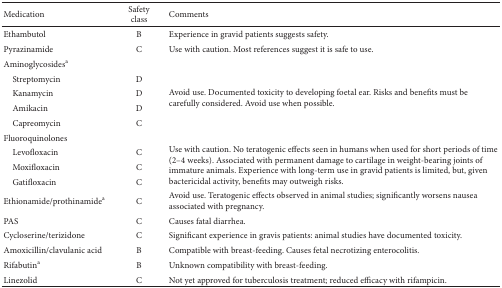
<table><thead><tr><td><b>Medication</b></td><td><b>Safety class</b></td><td><b>Comments</b></td></tr></thead><tbody><tr><td>Ethambutol</td><td>B</td><td>Experience in gravid patients suggests safety. </td></tr><tr><td>Pyrazinamide</td><td>C</td><td>Use with caution. Most references suggest it is safe to use.</td></tr><tr><td>Aminoglycosides<sup>a</sup></td><td> </td><td> </td></tr><tr><td> Streptomycin </td><td>D</td><td rowspan="4">Avoid use. Documented toxicity to developing foetal ear. Risks and benefits must be carefully considered. Avoid use when possible. </td></tr><tr><td> Kanamycin </td><td>D</td></tr><tr><td> Amikacin </td><td>D</td></tr><tr><td> Capreomycin </td><td>C</td></tr><tr><td>Fluoroquinolones </td><td> </td><td> </td></tr><tr><td> Levofloxacin</td><td>C</td><td rowspan="3">Use with caution. No teratogenic effects seen in humans when used for short periods of time (2–4 weeks). Associated with permanent damage to cartilage in weight-bearing joints of immature animals. Experience with long-term use in gravid patients is limited, but, given bactericidal activity, benefits may outweigh risks. </td></tr><tr><td> Moxifloxacin</td><td>C</td></tr><tr><td> Gatifloxacin</td><td>C</td></tr><tr><td>Ethionamide/prothinamide<sup>a</sup></td><td>C</td><td>Avoid use. Teratogenic effects observed in animal studies; significantly worsens nausea associated with pregnancy.</td></tr><tr><td> PAS</td><td>C</td><td>Causes fatal diarrhea.</td></tr><tr><td>Cycloserine/terizidone </td><td>C</td><td>Significant experience in gravis patients: animal studies have documented toxicity. </td></tr><tr><td>Amoxicillin/clavulanic acid</td><td>B</td><td>Compatible with breast-feeding. Causes fetal necrotizing enterocolitis. </td></tr><tr><td>Rifabutin<sup>a</sup></td><td>B</td><td>Unknown compatibility with breast-feeding.</td></tr><tr><td>Linezolid</td><td>C</td><td>Not yet approved for tuberculosis treatment; reduced efficacy with rifampicin. </td></tr></tbody></table>